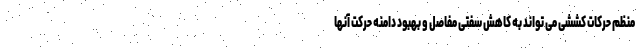
منظم حرکات کششی می تواند به کاهش سفتی مفاصل و بهبود دامنه حرکت آنها